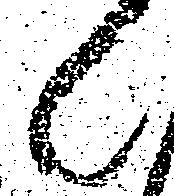
候